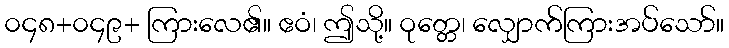
၀၄၈+၀၄၉+ ကြားလေ၏။ ဧဝံ၊ ဤသို့။ ဝုတ္တေ၊ လျှောက်ကြားအပ်သော်။